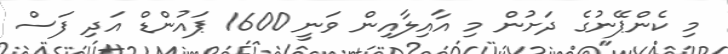
މި ކެންޕޭނުގެ ދަށުން މި އާއިލާއިން ވަނީ 1600 ޕައުންޑް އަދި ފަސް